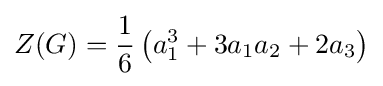
Z(G)={\frac {1}{6}}\left(a_{1}^{3}+3a_{1}a_{2}+2a_{3}\right)